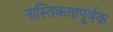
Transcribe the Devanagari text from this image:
नास्तिकतापूर्वक